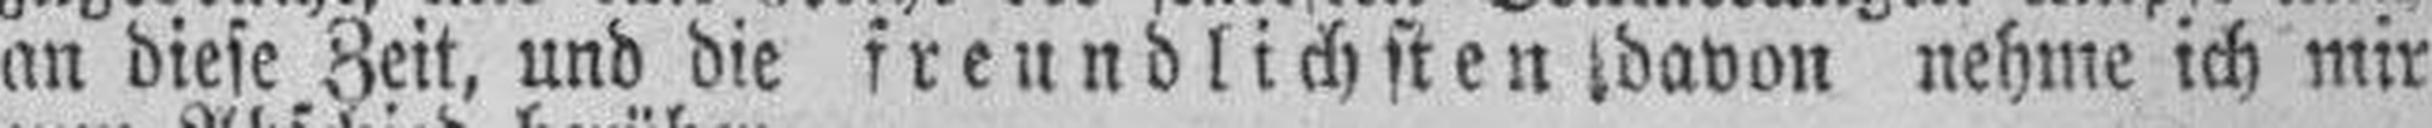
an diese Zeit, und die freundlichsten davon nehme ich mir